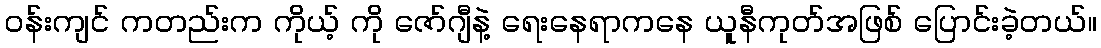
ဝန်းကျင် ကတည်းက ကိုယ့် ကို ဇော်ဂျီနဲ့ ရေးနေရာကနေ ယူနီကုတ်အဖြစ် ပြောင်းခဲ့တယ်။